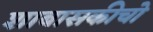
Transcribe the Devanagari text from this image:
शाबासकीचो